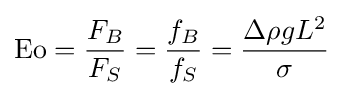
\mathrm {Eo} ={\frac {F_{B}}{F_{S}}}={\frac {f_{B}}{f_{S}}}={\frac {\Delta \rho gL^{2}}{\sigma }}